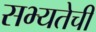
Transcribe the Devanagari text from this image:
सभ्यतेची